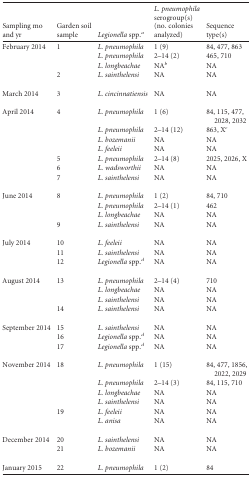
<table><thead><tr><td><b>Sampling mo and yr</b></td><td><b>Garden soil sample</b></td><td><b>Legionella spp.<sup><i>a</i></sup></b></td><td><b>L. pneumophila serogroup(s) (no. colonies analyzed)</b></td><td><b>Sequence type(s)</b></td></tr></thead><tbody><tr><td>February 2014</td><td>1</td><td>L. pneumophila</td><td>1 (9)</td><td>84, 477, 863</td></tr><tr><td></td><td></td><td>L. pneumophila</td><td>2–14 (2)</td><td>465, 710</td></tr><tr><td></td><td></td><td>L. longbeachae</td><td>NA<sup><i>b</i></sup></td><td>NA</td></tr><tr><td></td><td>2</td><td>L. sainthelensi</td><td>NA</td><td>NA</td></tr><tr><td>March 2014</td><td>3</td><td>L. cincinnatiensis</td><td>NA</td><td>NA</td></tr><tr><td>April 2014</td><td>4</td><td>L. pneumophila</td><td>1 (6)</td><td>84, 115, 477, 2028, 2032</td></tr><tr><td></td><td></td><td>L. pneumophila</td><td>2–14 (12)</td><td>863, X<sup><i>c</i></sup></td></tr><tr><td></td><td></td><td>L. bozemanii</td><td>NA</td><td>NA</td></tr><tr><td></td><td></td><td>L. feeleii</td><td>NA</td><td>NA</td></tr><tr><td></td><td>5</td><td>L. pneumophila</td><td>2–14 (8)</td><td>2025, 2026, X</td></tr><tr><td></td><td>6</td><td>L. wadsworthii</td><td>NA</td><td>NA</td></tr><tr><td></td><td>7</td><td>L. sainthelensi</td><td>NA</td><td>NA</td></tr><tr><td>June 2014</td><td>8</td><td>L. pneumophila</td><td>1 (2)</td><td>84, 710</td></tr><tr><td></td><td></td><td>L. pneumophila</td><td>2–14 (1)</td><td>462</td></tr><tr><td></td><td></td><td>L. longbeachae</td><td>NA</td><td>NA</td></tr><tr><td></td><td>9</td><td>L. sainthelensi</td><td>NA</td><td>NA</td></tr><tr><td>July 2014</td><td>10</td><td>L. feeleii</td><td>NA</td><td>NA</td></tr><tr><td></td><td>11</td><td>L. sainthelensi</td><td>NA</td><td>NA</td></tr><tr><td></td><td>12</td><td>Legionella spp.<sup><i>d</i></sup></td><td>NA</td><td>NA</td></tr><tr><td>August 2014</td><td>13</td><td>L. pneumophila</td><td>2–14 (4)</td><td>710</td></tr><tr><td></td><td></td><td>L. longbeachae</td><td>NA</td><td>NA</td></tr><tr><td></td><td></td><td>L. sainthelensi</td><td>NA</td><td>NA</td></tr><tr><td></td><td>14</td><td>L. sainthelensi</td><td>NA</td><td>NA</td></tr><tr><td>September 2014</td><td>15</td><td>L. sainthelensi</td><td>NA</td><td>NA</td></tr><tr><td></td><td>16</td><td>Legionella spp.<sup><i>d</i></sup></td><td>NA</td><td>NA</td></tr><tr><td></td><td>17</td><td>Legionella spp.<sup><i>d</i></sup></td><td>NA</td><td>NA</td></tr><tr><td>November 2014</td><td>18</td><td>L. pneumophila</td><td>1 (15)</td><td>84, 477, 1856, 2022, 2029</td></tr><tr><td></td><td></td><td>L. pneumophila</td><td>2–14 (3)</td><td>84, 115, 710</td></tr><tr><td></td><td></td><td>L. longbeachae</td><td>NA</td><td>NA</td></tr><tr><td></td><td></td><td>L. sainthelensi</td><td>NA</td><td>NA</td></tr><tr><td></td><td>19</td><td>L. feeleii</td><td>NA</td><td>NA</td></tr><tr><td></td><td></td><td>L. anisa</td><td>NA</td><td>NA</td></tr><tr><td>December 2014</td><td>20</td><td>L. sainthelensi</td><td>NA</td><td>NA</td></tr><tr><td></td><td>21</td><td>L. bozemanii</td><td>NA</td><td>NA</td></tr><tr><td>January 2015</td><td>22</td><td>L. pneumophila</td><td>1 (2)</td><td>84</td></tr></tbody></table>